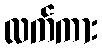
လက်ကား